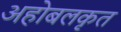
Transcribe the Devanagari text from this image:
अहोबलकृत